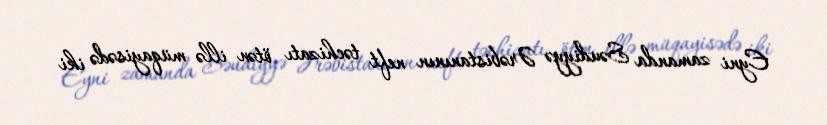
Eyni zamanda Səudiyyə Ərəbistanının neft təchizatı ötən illə müqayisədə iki